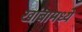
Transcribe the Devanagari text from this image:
खांबामध्ये